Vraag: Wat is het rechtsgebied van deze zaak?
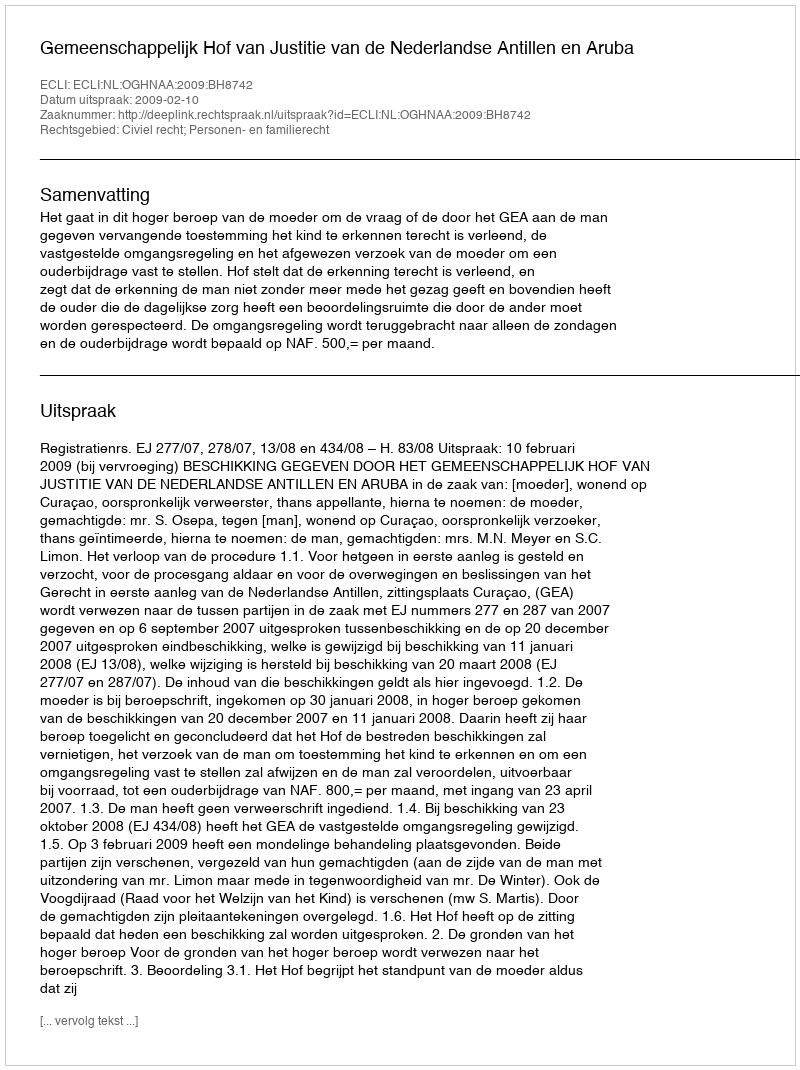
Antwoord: Civiel recht; Personen- en familierecht